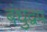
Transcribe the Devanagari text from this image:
बंधुद्वप